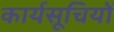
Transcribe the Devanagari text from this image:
कार्यसूचियों